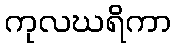
ကုလဃရိကာ